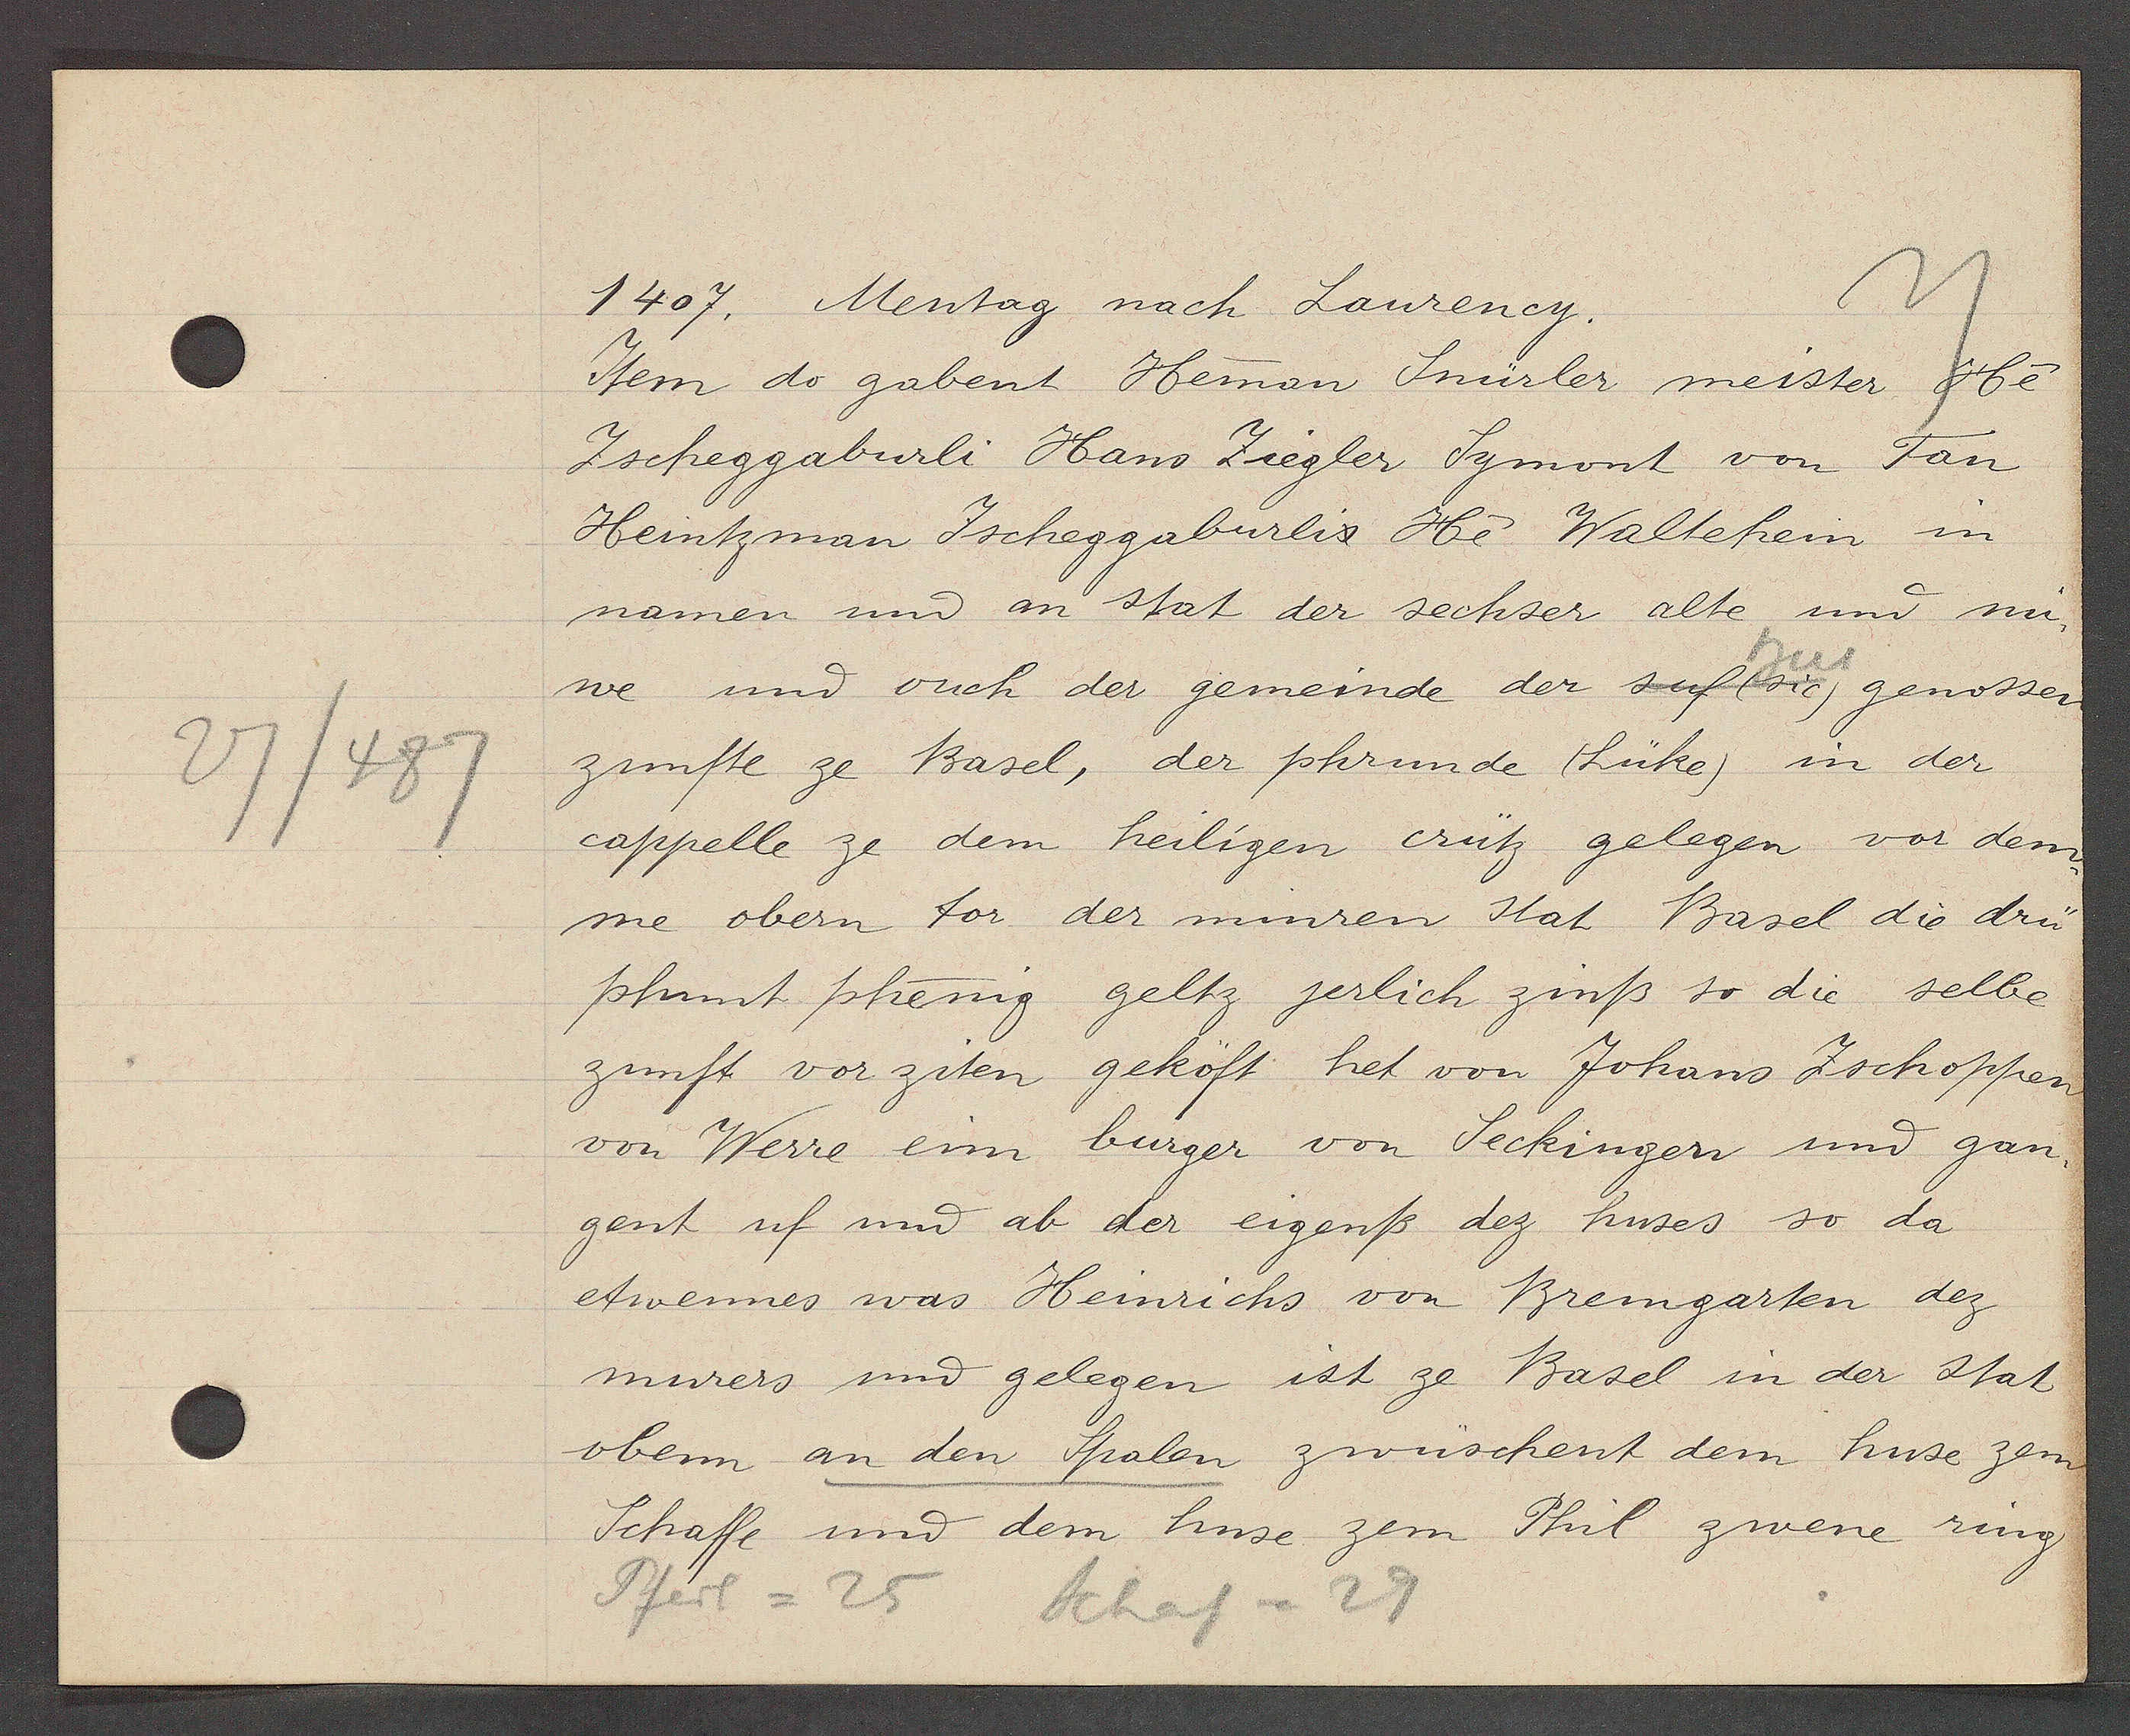
Transcript:
27/487

1407. Mentag nach Laurency.

Item do gabent Heman Snürler meister He-
Zscheggaburli Hans Ziegler Symont von Fan
Heintzman Zscheggaburlis He Waltehein in
namen und an stat der sechser alte und nu¬
we und ouch der gemeinde der suf (sic) genossen
zunfte ze Basel, der phrunde (Lüke) in der
cappelle ze dem heiligen crütz gelegen vor dem
me obern tor der minren stat Basel die drü
phunt phenig geltz jerlich zinß so die selbe
zunft vor ziten geköft het von Johans Zschoppen
von Werre eim burger von Seckingen und gan¬
gent uf und ab der eigenß dez huses so da
etwennes was Heinrichs von Bremgarten dez
murers und gelegen ist ze Basel in der stat
obenn an den Spalen zwüschent dem huse zem
Schaffe und dem huse zem Phil zwene ring

Pferd = 25
Schaf = 29